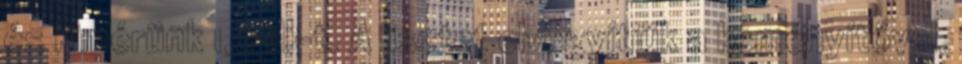
és kimérünk 1,2 dl-t. A lisztet elvegyítjük a keményítővel,